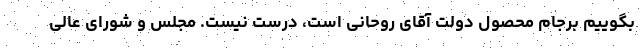
بگوییم برجام محصول دولت آقای روحانی است، درست نیست. مجلس و شورای عالی